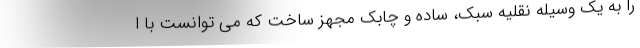
را به یک وسیله نقلیه سبک، ساده و چابک مجهز ساخت که می توانست با ا